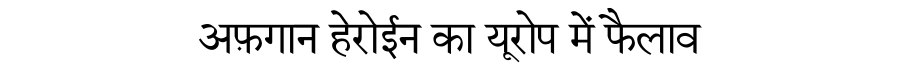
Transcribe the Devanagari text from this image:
अफ़गान हेरोईन का यूरोप में फैलाव